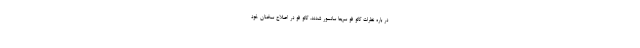
در باره نظرات گائو فو سریعا سانسور شدند. گائو فو در اصلاح سخنان خود